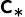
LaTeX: \mathsf{c}_{*}